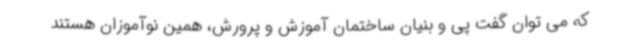
که می توان گفت پی و بنیان ساختمان آموزش و پرورش، همین نوآموزان هستند